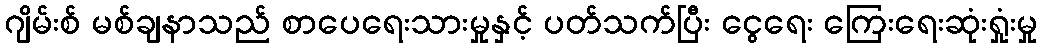
ဂျိမ်းစ် မစ်ချနာသည် စာပေရေးသားမှုနှင့် ပတ်သက်ပြီး ငွေရေး ကြေးရေးဆုံးရှုံးမှု